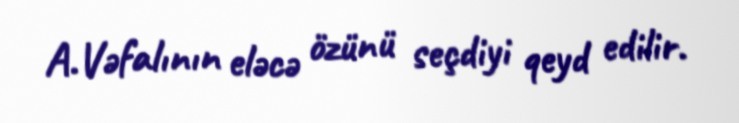
A.Vəfalının eləcə özünü seçdiyi qeyd edilir.